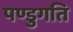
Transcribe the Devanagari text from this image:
पण्डुगति